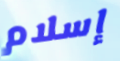
إسلام